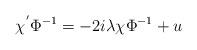
LaTeX: \begin{align*} \chi^{'} \Phi^{-1} = -2i \lambda \chi \Phi^{-1} + u \end{align*}